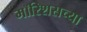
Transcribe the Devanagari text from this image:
मॉरिशसच्या